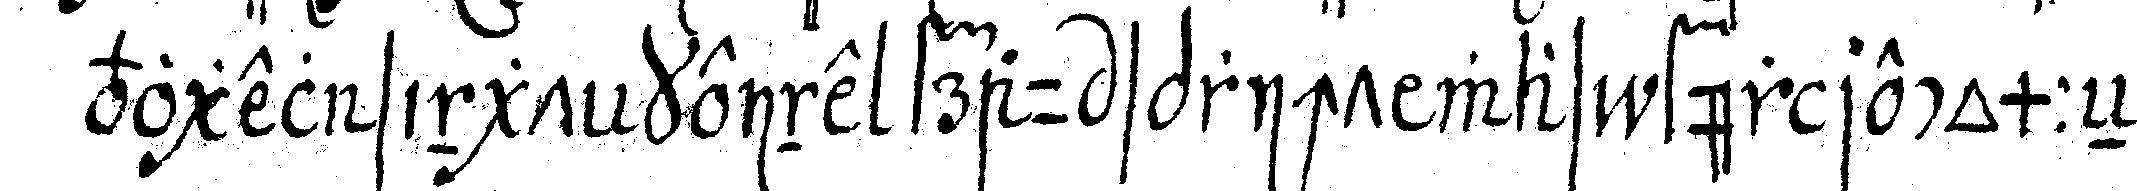
vogel singt keine frau spricht was für recommeNda